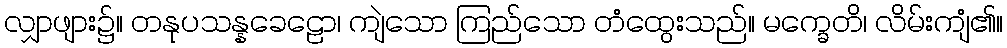
လျှာဖျား၌။ တနုပသန္နခေဠော၊ ကျဲသော ကြည်သော တံထွေးသည်။ မက္ခေတိ၊ လိမ်းကျံ၏။